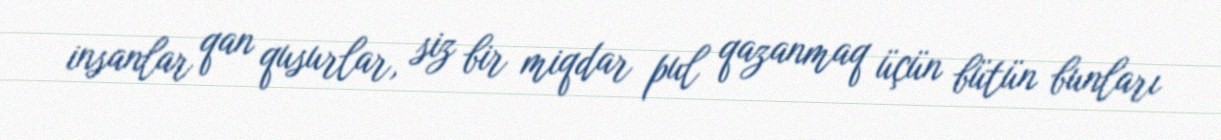
insanlar qan qusurlar, siz bir miqdar pul qazanmaq üçün bütün bunları